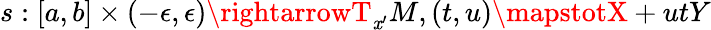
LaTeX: s:[a,b]\times(-\epsilon,\epsilon)\rightarrowT_{\mathit{x}^{\prime}}M,(t,u)\mapstotX+utY